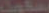
اسلمك